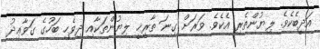
އަދީބެކެވެ. ލިޔުންތެރި އެކެވެ. ވަރަށް ގިނަ ތާރީޚީ ލިޔުންތަކާއި ދިވެހި ބަހުގެ ގަވާޢިދު